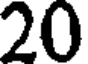
20